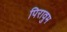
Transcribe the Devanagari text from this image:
पिरावुम